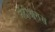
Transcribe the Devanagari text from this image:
नंदीश्वरास